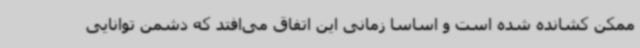
ممکن کشانده شده است و اساساً زمانی این اتفاق می‌افتد که دشمن توانایی